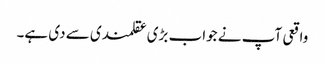
واقعی آپ نے جواب بڑی عقلمندی سے دی ہے۔